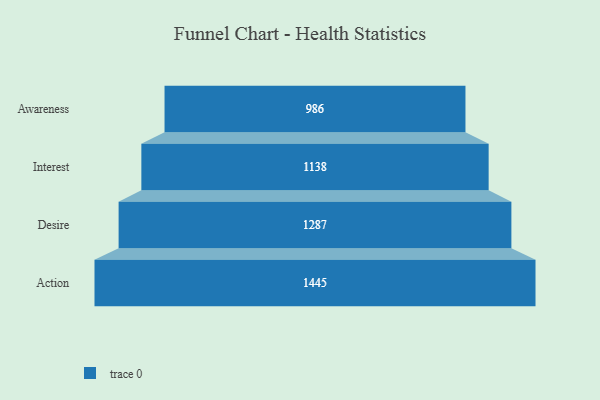
{"axis": {"x": "Stage", "y": "Value"}, "legend": [""], "data": [{"x": "Awareness", "y": 986.0, "type": ""}, {"x": "Interest", "y": 1138.0, "type": ""}, {"x": "Desire", "y": 1287.0, "type": ""}, {"x": "Action", "y": 1445.0, "type": ""}]}